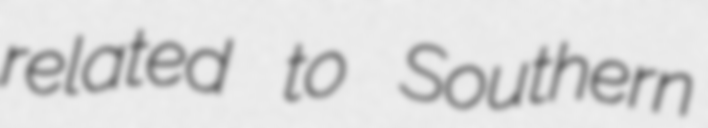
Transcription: related to Southern